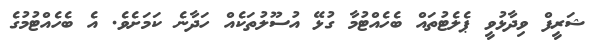
ޝަރީފް ވިދާޅުވީ ޕެލެޓުތައް ބެހެއްޓުމާ ގުޅޭ އުސޫލުތަކެއް ހަދާނެ ކަމަށެވެ. އެ ބެހެއްޓުމުގެ